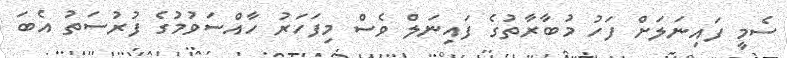
ސެމީ ފައިނަލަށް ފަހު މުބާރާތުގެ ފައިނަލް ވެސް މިފަހަރު ހާއްސަވުމުގެ ފުރުސަތު އެބަ